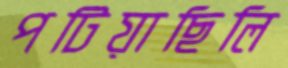
পটিয়াছিলি